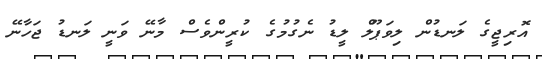
އޮރިޖީގެ ލަނޑުން ލިވަޕޫލް ލީޑު ނެގުމުގެ ކުރީންވެސް މާނޭ ވަނީ ލަނޑު ޖަހާނޭ